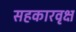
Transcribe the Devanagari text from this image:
सहकारवृक्ष